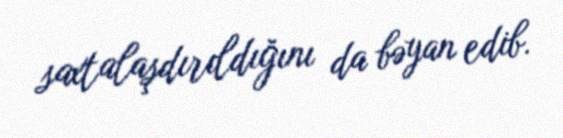
saxtalaşdırıldığını da bəyan edib.